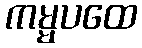
ကမ္မပထေ